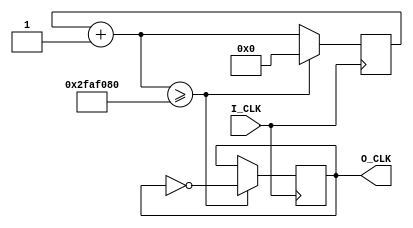
module zyy_Divider #(parameter num=100000000)
(
    input I_CLK,
    output reg O_CLK
);

reg [63:0] my_count;

initial
begin
O_CLK = 0;
my_count = 0;
end

always @ (posedge I_CLK)
begin
    my_count = my_count + 1;
    if(my_count >= num / 2) begin
        my_count = 0;
        O_CLK = ~O_CLK;
    end
end
endmodule